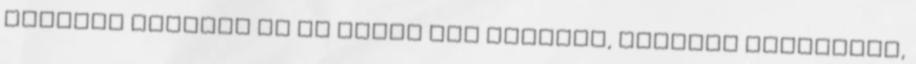
júliusi posztba is be tudok pár könyvet, ajánlót zsuppolni,